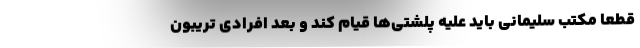
قطعاً مکتب سلیمانی باید علیه پلشتی‌ها قیام کند و بعد افرادی تریبون